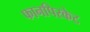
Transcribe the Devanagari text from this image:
फानपिरकेट